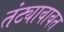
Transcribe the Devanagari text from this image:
तंट्याबाबत